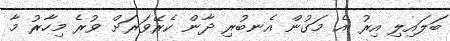
ބަލައިލި އިރު އެ މަގުން އެނބުރި ދާން ކެރޭވަރަށް ވުރެ މިހާރު މާ